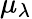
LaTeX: \mu_{\lambda}